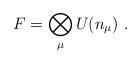
LaTeX: \begin{align*}F=\bigotimes_{\mu} U(n_{\mu})\,\, .\end{align*}